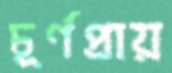
চূর্ণপ্রায়